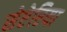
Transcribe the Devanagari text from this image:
सेप्टेरिया